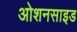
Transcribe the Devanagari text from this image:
ओशनसाइड